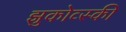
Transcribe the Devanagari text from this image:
झुकोव्स्की